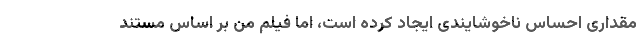
مقداری احساس ناخوشایندی ایجاد کرده است، اما فیلم من بر اساس مستند